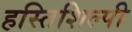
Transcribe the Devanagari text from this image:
हस्तिशिल्पी